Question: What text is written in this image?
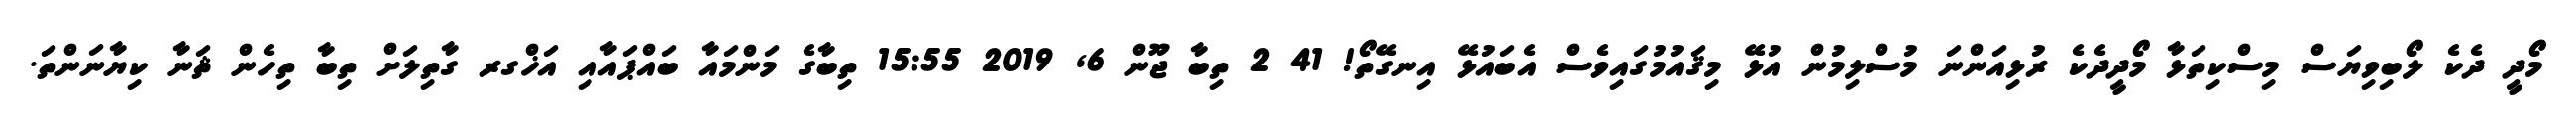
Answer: މޯދީ ދެކެ ލޯބިވިޔަސް މިސްކިތަޅާ މޯދީދެކެ ރުޅިއަންނަ މުސްލިމުން އުޅޭ މިޤައުމުގައިވެސް އެބައުޅޭ އިނގޭތޯ! 41 2 ތިބާ ޖޫން 6, 2019 15:55 ތިބާގެ މަންމައާ ބައްޕައާއި އަޚްގރ ގާތިލަށް ތިބާ ތިހެން ޘަނާ ކިޔާނަންތަ.